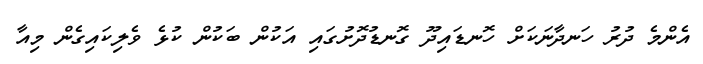
އެންމެ ދުރު ހަނދާނަކަށް ހޮނޑައިދޫ ގޮނޑުދޮށުގައި އަކުން ބަކުން ކުޅެ ވެލިކައިގެން މިއާ